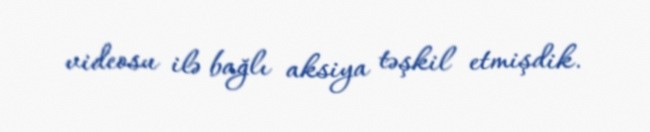
videosu ilə bağlı aksiya təşkil etmişdik.